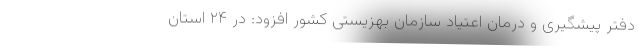
دفتر پیشگیری و درمان اعتیاد سازمان بهزیستی کشور افزود: در ۲۴ استان